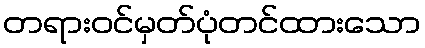
တရားဝင်မှတ်ပုံတင်ထားသော